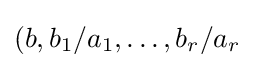
(b,b_{1}/a_{1},\ldots ,b_{r}/a_{r}